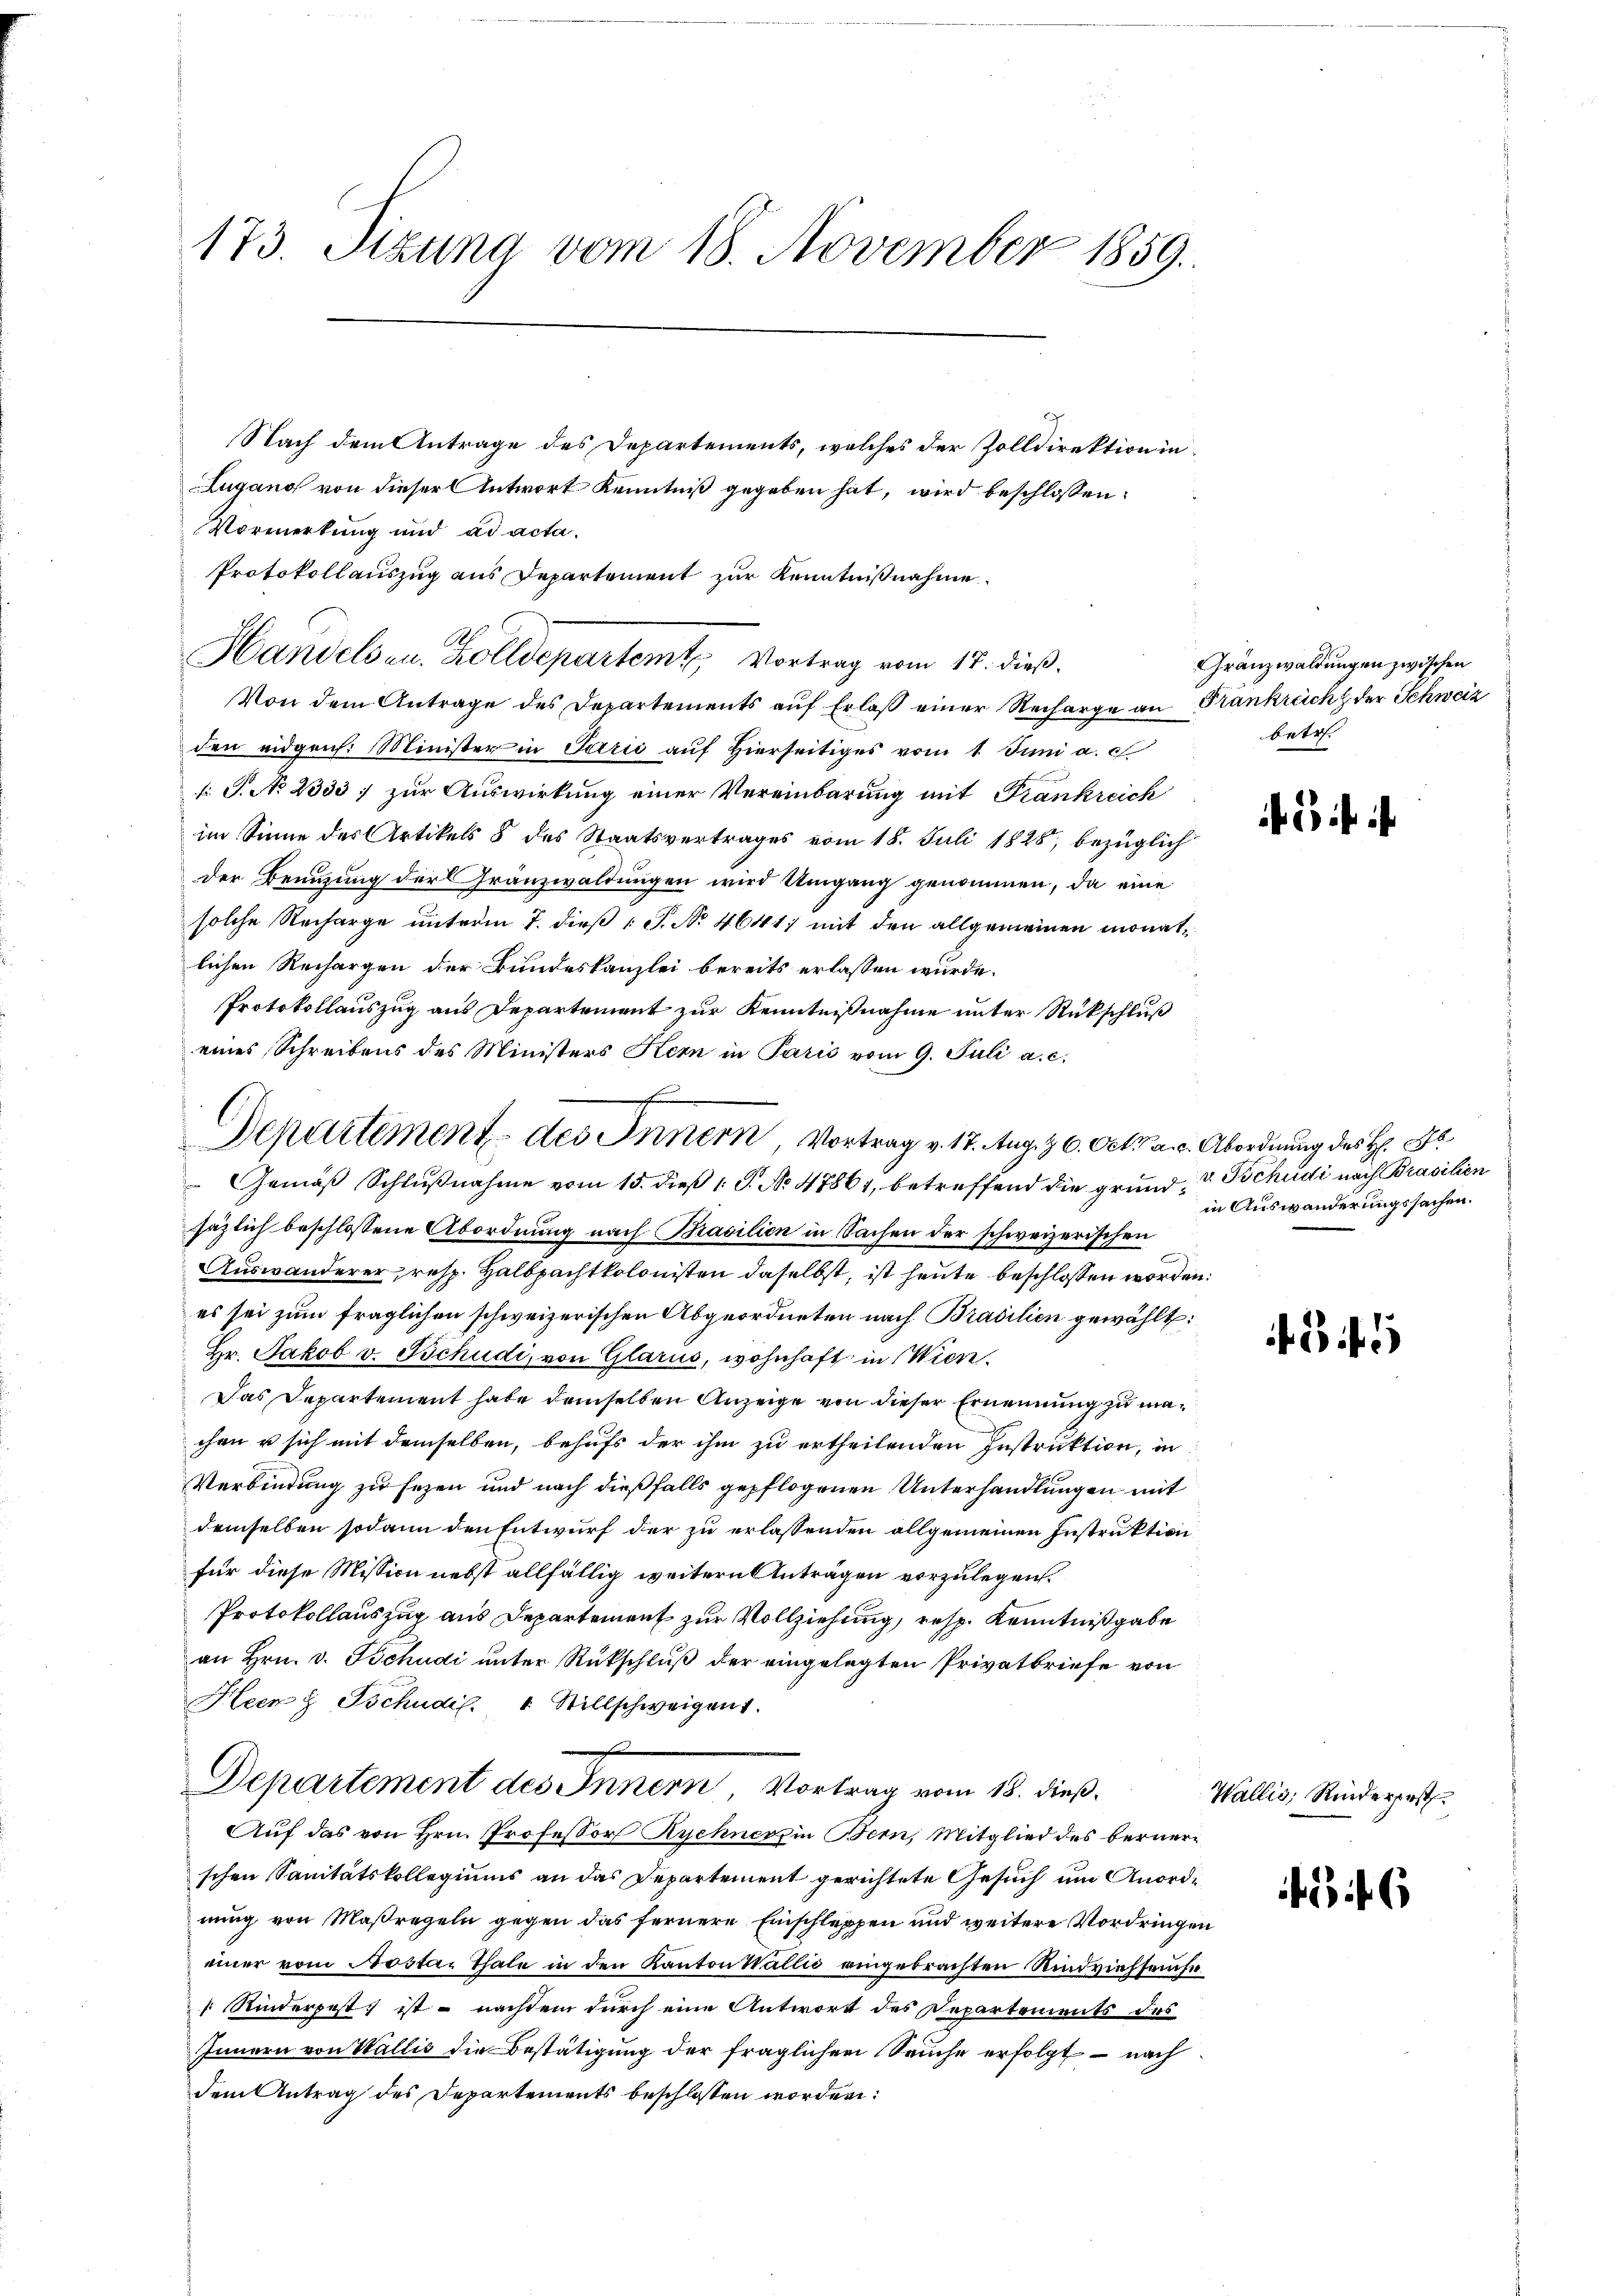
173. Sizung vom 18. November 1859.

Nach dem Antrage des Departements, welches der Zolldirektion in
Lugano von dieser Antwort Kenntniß gegeben hat, wird beschlossen:
Vormerkung und ad acta.
Protokollauszug aus Departement zur Kenntnißnahme.
s
.
Handelsen. Zolldepartem Vortrag vom 17. dieß.
Von dem Antrage des Departements auf Erlaß einer Recharge an Frankreich der Schweiz
den eidgen. Minister in Perić auf hierseitiges vom 1. Juni a. c
 S. No 2333; zur Auswirkung einer Vereinbarung mit Frankreich
im Sinne des Artikels 8 des Staatsvertrages vom 18. Juli 1828, bezüglich
der Benuzung der Gränzwaldungen wird Umgang genommen, da eine
solche Recharge unterm 7. dieß P. No 46417 mit den allgemeinen monatlichen Rechargen der Bundeskanzlei bereits erlassen wurde.
Protokollauszug aus Departement zur Kenntnißnahme unter Rückschluß
eines Schreibens des Ministers Kern in Paris vom 9. Juli a. c.
Gemäβ Schlußnahme vom 15. dieß 1 S. No. 47861, betreffend die grund, v. Tschudi nach Brasilien
säzlich beschlossene Abordnung nach Brasilien in Sachen der schweizerischen
Auswanderer, resp. Halbpachtkolonisten daselbst, ist heute beschlossen worden.
es sei zum fraglichen schweizerischen Abgeordneten nach Brasilien gewählt:
Hr. Jakob v. Tschudi, von Glarus, wohnhaft in Wien.
Das Departement habe demselben Anzeige von dieser Ernennung zu machen u sich mit demselben, behufs der ihm zu ertheilenden Instruktion, in
Verbindung zu sezen und nach dießfalls gepflogenen Unterhandlungen mit
demselben sodann den Entwurf der zu erlassenden allgemeinen Instruktion
für diese Mission nebst allfällig weitern Anträgen vorzulegen.
Protokollauszug aus Departement zur Vollziehung, resp. Kenntnißgabe
an Hrn. v. Tschudi unter Rückschluß der eingelegten Privatbriefe von
Heer & Tschudil. 1 Stillschweigen 1.
Departement des Innern, Vortrag vom 18. dieß¬
Auf das von Hrn. Professor Rychners in Bern, Mitglied des Bernerschen Sanitätskollegiums an das Departement gerichtete Gesuch um Anordnung von Maßregeln gegen das fernere Einschleppen und weitere Vordringen
einer vom Notar Thale in den Kanton Wallić eingebrachten Rindviehsamse
 Rinderpest, ist – nachdem durch eine Antwort des Departements des
Innern von Wallis die Bestätigung der fraglichen Sache erfolgt – nach
dem Antrag des Departements beschlossen worden:

f
Departement des Innern, Vortrag v. 17. Aug. 16. Oct. a. c. Abordnung des H: Fr

Gränzwaldungen zwischen
betr.

i

in Auswanderungssachen.

45

Wallis, Rindererst

456